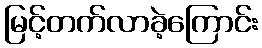
မြင့်တက်လာခဲ့ကြောင်း